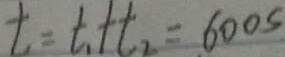
t = t _ { 1 } + t _ { 2 } = 6 0 0 s